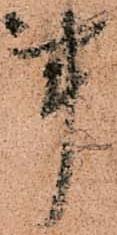
事